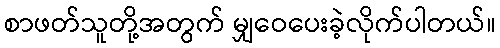
စာဖတ်သူတို့အတွက် မျှဝေပေးခဲ့လိုက်ပါတယ်။